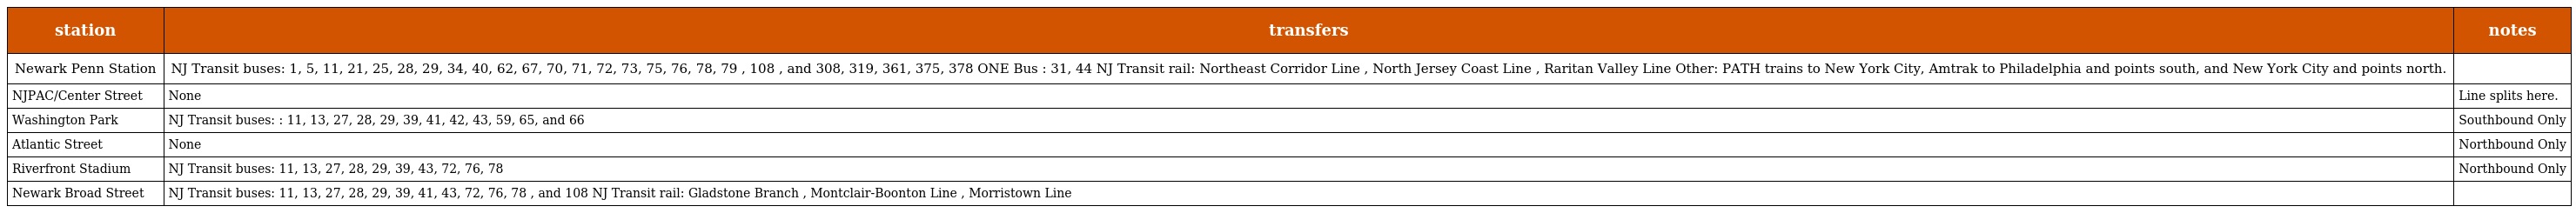
| station | transfers | notes |
 | --- | --- | --- |
 | Newark Penn Station | NJ Transit buses: 1, 5, 11, 21, 25, 28, 29, 34, 40, 62, 67, 70, 71, 72, 73, 75, 76, 78, 79 , 108 , and 308, 319, 361, 375, 378 ONE Bus : 31, 44 NJ Transit rail: Northeast Corridor Line , North Jersey Coast Line , Raritan Valley Line Other: PATH trains to New York City, Amtrak to Philadelphia and points south, and New York City and points north. |  |
 | NJPAC/Center Street | None | Line splits here. |
 | Washington Park | NJ Transit buses: : 11, 13, 27, 28, 29, 39, 41, 42, 43, 59, 65, and 66 | Southbound Only |
 | Atlantic Street | None | Northbound Only |
 | Riverfront Stadium | NJ Transit buses: 11, 13, 27, 28, 29, 39, 43, 72, 76, 78 | Northbound Only |
 | Newark Broad Street | NJ Transit buses: 11, 13, 27, 28, 29, 39, 41, 43, 72, 76, 78 , and 108 NJ Transit rail: Gladstone Branch , Montclair-Boonton Line , Morristown Line |  |